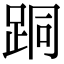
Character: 𨀜